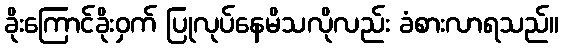
ခိုးကြောင်ခိုးဝှက် ပြုလုပ်နေမိသလိုလည်း ခံစားလာရသည်။